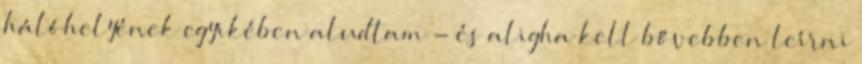
hálóhelyének egyikében aludtam - és aligha kell bővebben leírni